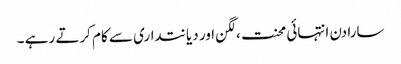
سارا دن انتہائی محنت ،لگن اور دیانتداری سے کام کرتے رہے ۔